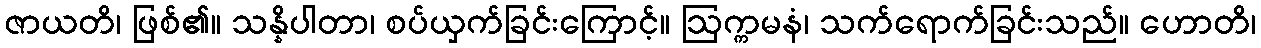
ဇာယတိ၊ ဖြစ်၏။ သန္နိပါတာ၊ စပ်ယှက်ခြင်းကြောင့်။ ဩက္ကမနံ၊ သက်ရောက်ခြင်းသည်။ ဟောတိ၊